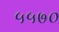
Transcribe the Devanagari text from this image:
५५७०